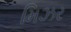
મિઝર